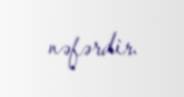
nəfərdir.